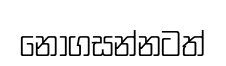
නොගසන්නටත්